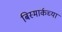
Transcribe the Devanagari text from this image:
बिस्मार्कच्या